Papers set at the Examination for Leaving Certificates, 1891
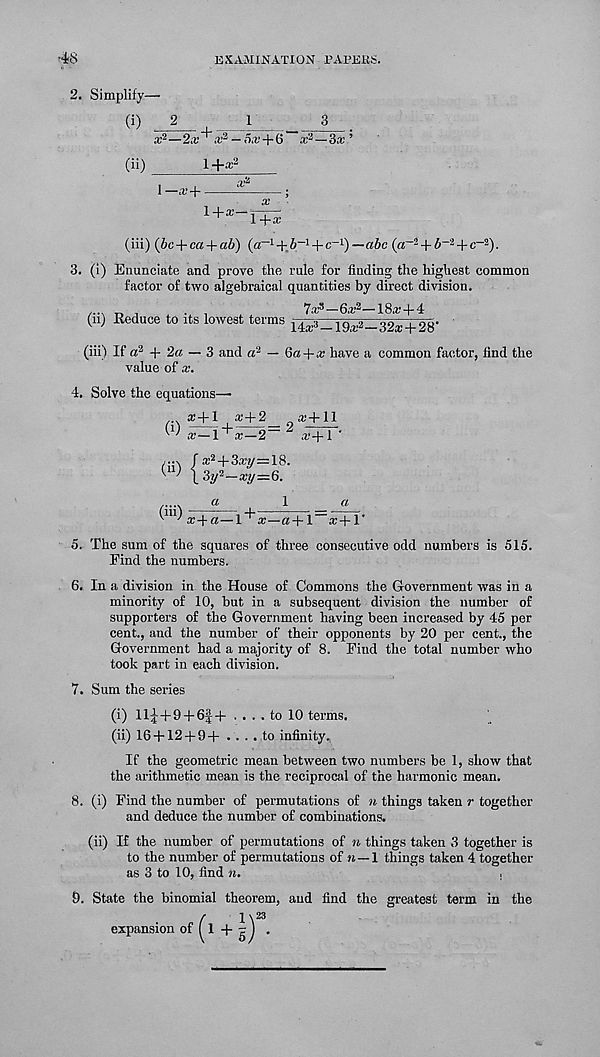
■ 48
EXAMINATION TAPEKfe.
2. Simplify—
(i)
2
,
a; 2 —2a' i ”a.’ 3 —
(ii)
1 +x 2
1
oa,’+6
3
1—»’ +
(iii) (it; + ca-f-a6) (a _1 + o 6 -1 + c _1 )—«6c (a -2 + 6 _2 + c- a ).
3. (i) Enunciate and prove the rule for finding the highest common
factor of two algebraical quantities by direct division.
0^2 18^ -| — 4:
(ii) Reduce to its lowest terms j^73_ 19a ,2_3 2a . + 28 -
(iii) If a 2 + 2a — 3 and a 2 — Qa-\-x have a common factor, find the
value of x.
4. Solve the equations—
a;+l a;+2
a;+ll
(') x--\+x^2= 2 a r +T'
n,
1
a.
5. The sum of the squares of three consecutive odd numbers is 515.
Find the numbers.
6. In a division in the House of Commons the Government was in a
minority of 10, but in a subsequent division the number of
supporters of the Government having been increased by 45 per
cent., and the number of their opponents by 20 per cent., the
Government had a majority of 8. Find the total number who
took part in each division.
7. Sum the series
(i) ll^+9 + 6|d- .... to 10 terms.
(ii) 16 + 12 + 9+ .... to infinity.
If the geometric mean between two numbers be 1, show that
the arithmetic mean is the reciprocal of the harmonic mean.
8. (i) Find the number of permutations of n things taken r together
and deduce the number of combinations.
(ii) If the number of permutations of ra things taken 3 together is
to the number of permutations of n—1 things taken 4 together
as 3 to 10, find n.
,
9. State the binomial theorem, and find the greatest term in the
- 23
expansion of